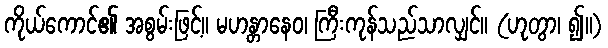
ကိုယ်ကောင်၏ အစွမ်းဖြင့်။ မဟန္တာနေဝ၊ ကြီးကုန်သည်သာလျှင်။ (ဟုတွာ၊ ၍။)